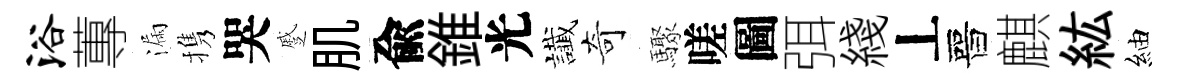
浴蓴漏携哭蹙肌兪錐光䜟奇驟嗟圖弭綫丄晉麒紘紬